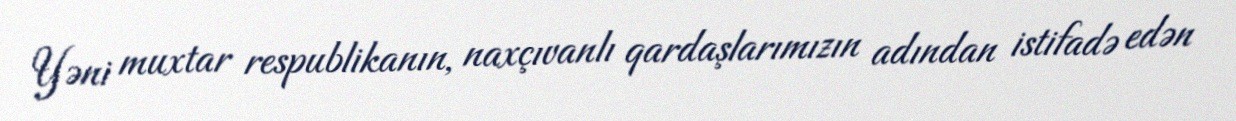
Yəni muxtar respublikanın, naxçıvanlı qardaşlarımızın adından istifadə edən